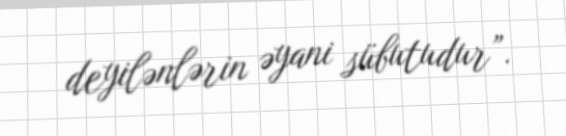
deyilənlərin əyani sübutudur”.